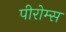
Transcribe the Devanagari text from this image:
पीरोम्स